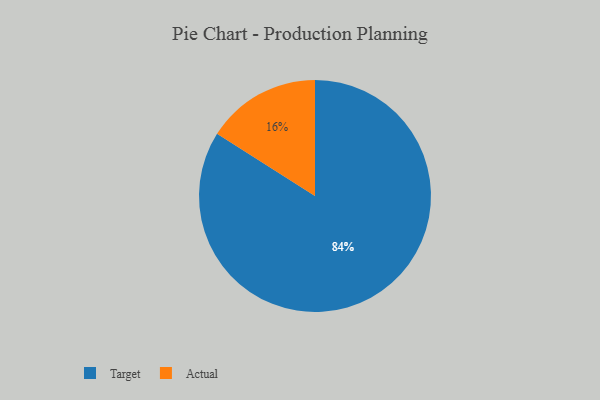
{"axis": {"x": "Category", "y": "Percentage"}, "legend": ["Actual", "Target"], "data": [{"x": "Actual", "y": 16, "type": "Actual"}, {"x": "Target", "y": 84, "type": "Target"}]}